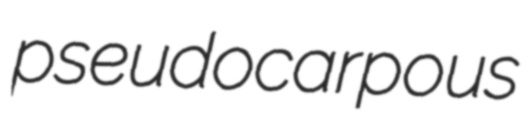
pseudocarpous